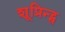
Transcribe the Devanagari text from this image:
शूप्रिन्ट्स